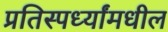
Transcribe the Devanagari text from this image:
प्रतिस्पर्ध्यांमधील